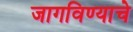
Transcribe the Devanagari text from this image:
जागविण्याचे